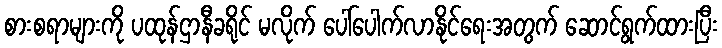
စားစရာများကို ပထုန်ဌာနီခရိုင် မလိုက် ပေါ်ပေါက်လာနိုင်ရေးအတွက် ဆောင်ရွက်ထားပြီး